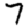
Digit: 7